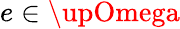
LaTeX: e\in\upOmega